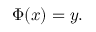
\Phi ( x ) = y .